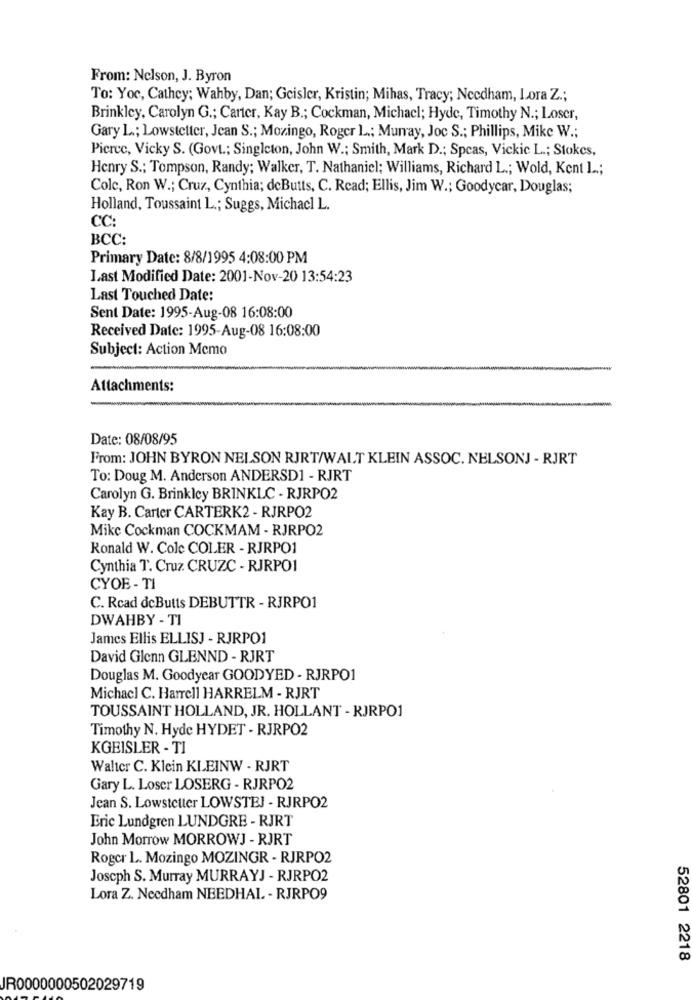
From: Nelson, J. Byron
To: Yoc, Cathey; Wahby, Dan; Geisler, Kristin; Mihas, Tracy; Needham, Lora Z .;
Brinkley, Carolyn G .; Carter, Kay B .; Cockman, Michacl; Hyde, Timothy N .; Loser,
Gary L .; Lowstetter, Jean S .; Mozingo, Roger L .; Murray, Joc S .; Phillips, Mike W .;
Pierce, Vicky S. (Govt .; Singleton, John W .; Smith, Mark D .; Spcas, Vickic L .; Stokes,
Henry S .; Tompson, Randy; Walker, T. Nathaniel; Williams, Richard L .; Wold, Kent 1 ..;
Colc, Ron W .; Cruz, Cynthia; deButts, C. Read; Ellis, Jim W .; Goodycar, Douglas;
Holland, Toussaint L .; Suggs, Michacl L.
CC:
BCC:
Primary Date: 8/8/1995 4:08:00 PM
Last Modified Date: 2001-Nov-20 13:54:23
Last Touched Date:
Sent Date: 1995-Aug-08 16:08:00
Received Date: 1995-Aug-08 16:08:00
Subject: Action Memo
Attachments:
Date: 08/08/95
From: JOHN BYRON NELSON RJRT/WALT KLEIN ASSOC. NELSONJ - RJRT
To: Doug M. Anderson ANDERSD1 - RJRT
Carolyn G. Brinkley BRINKLC - RJRPO2
Kay B. Carter CARTERK2 - RJRPO2
Mike Cockman COCKMAM - RJRPO2
Ronald W. Cole COLER - RJRPO1
Cynthia T. Cruz. CRUZC - RJRPO1
CYOE - TI
C. Rcad deButts DEBUTTR - RJRPO1
DWAHBY - TI
James Ellis ELLISJ - RJRPO1
David Glenn GLENND - RJRT
Douglas M. Goodyear GOODYED - RJRPO1
Michacl C. Harrell HARRELM - RJRT
TOUSSAINT HOLLAND, JR. HOLLANT - RJRPO1
Timothy N. Hyde HYDET - RJRPO2
KGEISLER - TI
Walter C. Klein KLEINW - RJRT
Gary L. Loser LOSERG - RJRPO2
Jean S. Lowstetter LOWSTEJ - RJRPO2
Eric Lundgren LUNDGRE - RJRT
John Morrow MORROWJ - RJRT
Roger L. Mozingo MOZINGR - RJRPO2
Joscph S. Murray MURRAYJ - RJRPO2
Lora Z. Needham NEEDHAL - RJRPO9
52801 2218
IR0000000502029719